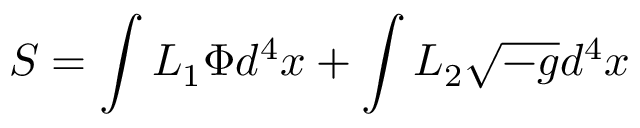
S = \int L _ { 1 } \Phi d ^ { 4 } x + \int L _ { 2 } \sqrt { - g } d ^ { 4 } x